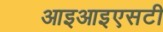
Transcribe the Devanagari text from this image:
आइआइएसटी